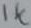
Text: 1K